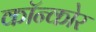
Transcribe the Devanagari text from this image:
कॉन्कोर